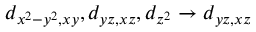
d _ { x ^ { 2 } - y ^ { 2 } , x y } , d _ { y z , x z } , d _ { z ^ { 2 } } \rightarrow d _ { y z , x z }